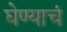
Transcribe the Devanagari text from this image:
घेण्याचं